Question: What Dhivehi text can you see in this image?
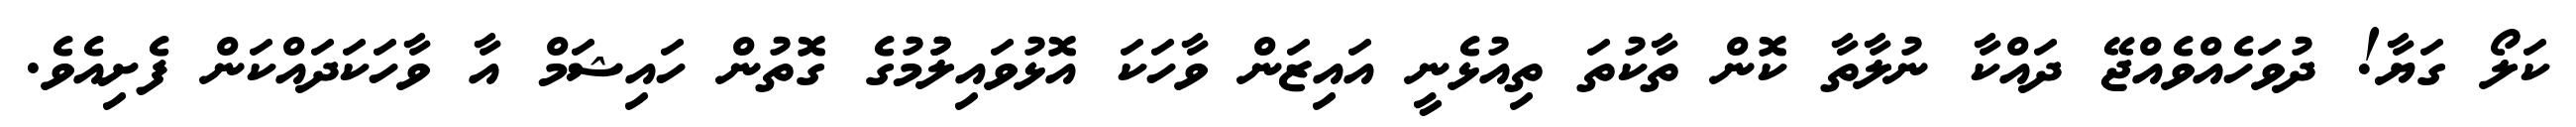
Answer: ކަލޯ ގަޔާ! ދުވަހެއްވެއްޖޭ ދައްކާ ނުލާތާ ކޮން ތާކުތަ ތިއުޅެނީ އައިޒަން ވާހަކަ އޮޅުވައިލުުމުގެ ގޮތުން ހައިޝަމް އާ ވާހަކަދައްކަން ފެށިއެވެ.